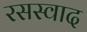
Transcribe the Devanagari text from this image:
रसस्वाद